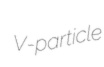
V-particle